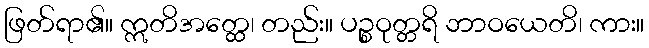
ဖြတ်ရာ၏။ ဣတိအတ္ထေ၊ တည်း။ ပဉ္စဝုတ္တရိ ဘာဝယေတိ၊ ကား။